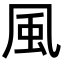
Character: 風